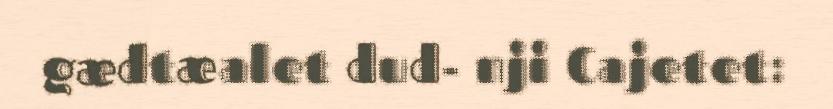
gædtæalet dud- nji Cajetet: